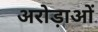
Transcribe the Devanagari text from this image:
अरोड़ाओं